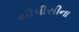
સીપીસીના